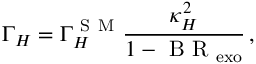
\Gamma _ { H } = \Gamma _ { H } ^ { \mathrm { ~ S ~ M ~ } } \frac { \kappa _ { H } ^ { 2 } } { 1 - \mathrm { ~ B ~ R ~ } _ { \mathrm { e x o } } } \, ,